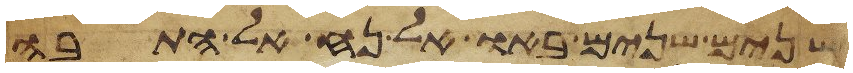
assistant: שנים שנים באו אל נח אל התבה